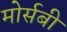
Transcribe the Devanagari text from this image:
मोर्सबी